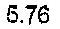
5.76